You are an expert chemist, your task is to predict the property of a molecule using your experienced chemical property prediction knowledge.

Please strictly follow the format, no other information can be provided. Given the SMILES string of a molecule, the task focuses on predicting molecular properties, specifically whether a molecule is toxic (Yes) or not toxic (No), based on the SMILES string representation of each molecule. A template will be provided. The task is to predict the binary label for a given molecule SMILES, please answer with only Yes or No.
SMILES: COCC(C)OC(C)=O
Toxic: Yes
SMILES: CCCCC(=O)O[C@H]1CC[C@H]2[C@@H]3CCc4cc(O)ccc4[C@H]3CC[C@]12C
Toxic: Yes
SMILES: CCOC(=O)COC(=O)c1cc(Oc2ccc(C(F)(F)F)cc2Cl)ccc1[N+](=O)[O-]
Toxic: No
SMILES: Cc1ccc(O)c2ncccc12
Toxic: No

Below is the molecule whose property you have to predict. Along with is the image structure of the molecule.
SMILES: CC(C)c1ncc([N+](=O)[O-])n1C
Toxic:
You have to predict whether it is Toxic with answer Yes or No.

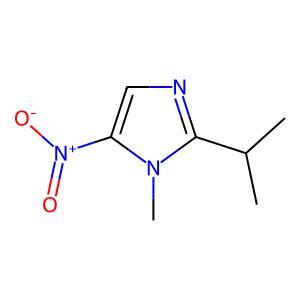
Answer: No